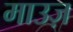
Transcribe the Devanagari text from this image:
माउज़